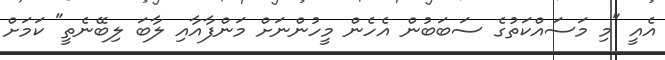
އެއީ "މި މަސައްކަތުގެ ސަބަބުން އެހެން މީހުންނަށް މަންފާއާއި ލާބަ ލިބޭނެތީ" ކަމަށް